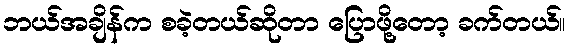
ဘယ်အချိန်က စခဲ့တယ်ဆိုတာ ပြောဖို့တော့ ခက်တယ်။